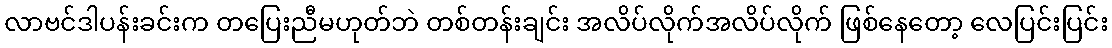
လာဗင်ဒါပန်းခင်းက တပြေးညီမဟုတ်ဘဲ တစ်တန်းချင်း အလိပ်လိုက်အလိပ်လိုက် ဖြစ်နေတော့ လေပြင်းပြင်း